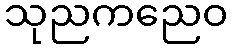
သုညကညေဝ